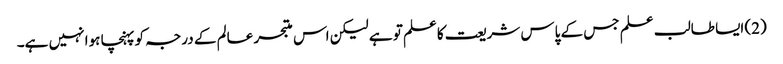
(2) ایسا طالب علم جس کے پاس شریعت کاعلم تو ہے لیکن اس متبحر عالم کے درجہ کو پہنچا ہوا نہیں ہے۔